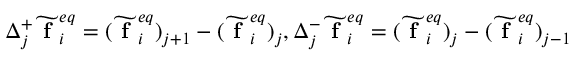
\Delta _ { j } ^ { + } \widetilde { \textbf { f } } _ { i } ^ { e q } = ( \widetilde { \textbf { f } } _ { i } ^ { e q } ) _ { j + 1 } - ( \widetilde { \textbf { f } } _ { i } ^ { e q } ) _ { j } , \Delta _ { j } ^ { - } \widetilde { \textbf { f } } _ { i } ^ { e q } = ( \widetilde { \textbf { f } } _ { i } ^ { e q } ) _ { j } - ( \widetilde { \textbf { f } } _ { i } ^ { e q } ) _ { j - 1 }